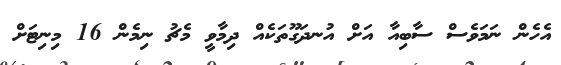
އެހެން ނަމަވެސް ސާބިއާ އަށް އުނދަގޫތަކެއް ދިމާވީ މެޗު ނިމެން 16 މިނިޓަށް